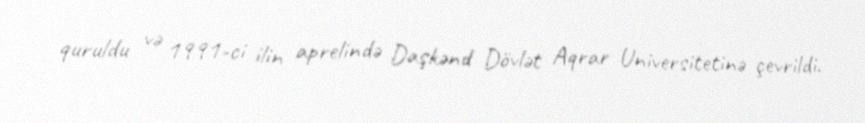
quruldu və 1991-ci ilin aprelində Daşkənd Dövlət Aqrar Universitetinə çevrildi.